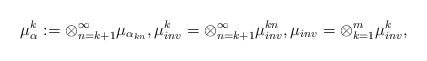
LaTeX: \begin{align*}\mu^k_\alpha:=\otimes_{n=k+1}^\infty\mu_{\alpha_{kn}},\mu_{inv}^k=\otimes_{n=k+1}^\infty\mu_{inv}^{kn},\mu_{inv}=\otimes_{k=1}^m\mu_{inv}^k,\end{align*}